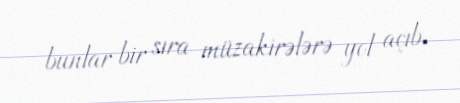
bunlar bir sıra müzakirələrə yol açıb.